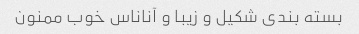
بسته بندی شکیل و زیبا و آناناس خوب ممنون